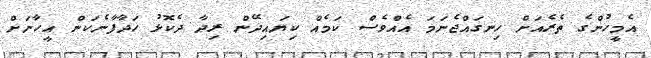
އެމީހުންގެ ތެރެއަށް ހިނގައްޖެނަމަ އެއްވެސް ކަމެއް ކިޔައިދޭން ރިދާ ދެކޮޅު ހަދާފާނެކަން އީހާނަށް